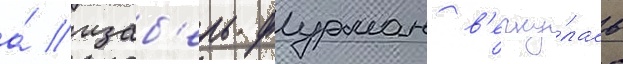
а́ изаб'ель фурман в'ерну́лась